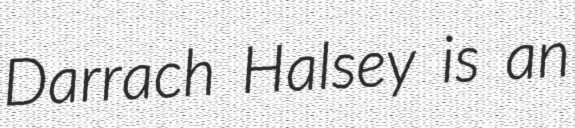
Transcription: Darrach Halsey is an